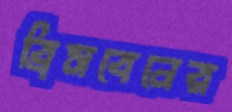
ব্রিসবেনের